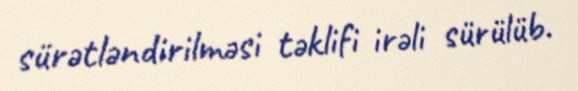
sürətləndirilməsi təklifi irəli sürülüb.